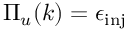
\Pi _ { u } ( k ) = \epsilon _ { \mathrm { i n j } }